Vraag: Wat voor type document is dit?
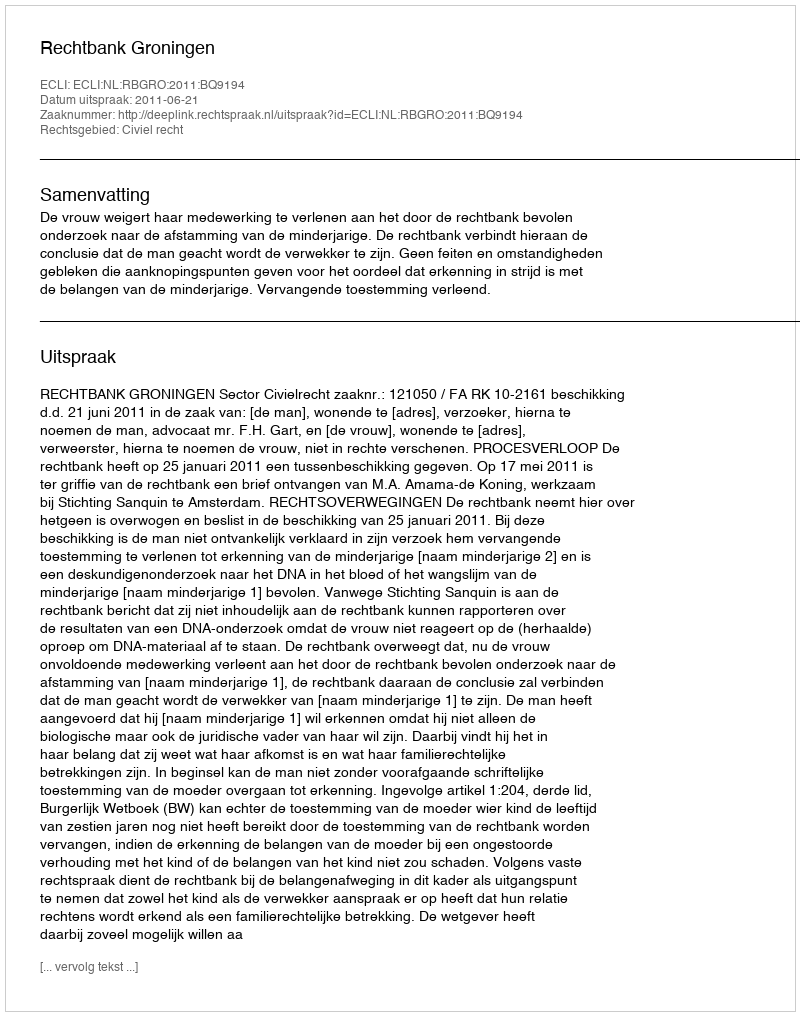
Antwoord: Uitspraak